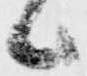
候